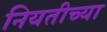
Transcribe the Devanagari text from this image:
नियतीच्या